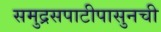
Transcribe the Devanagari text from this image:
समुद्रसपाटीपासुनची